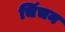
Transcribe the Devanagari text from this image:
चिंचन